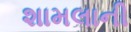
શામલાની